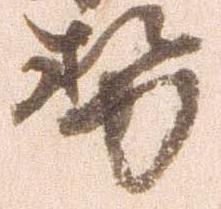
勢